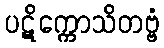
ပဋိက္ကောသိတဗ္ဗံ